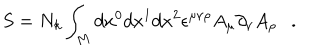
LaTeX: S = N _ { k } \int _ { M } d x ^ { 0 } d x ^ { 1 } d x ^ { 2 } \epsilon ^ { \mu \nu \rho } A _ { \mu } \partial _ { \nu } A _ { \rho } \ \ \ .